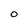
Character: O